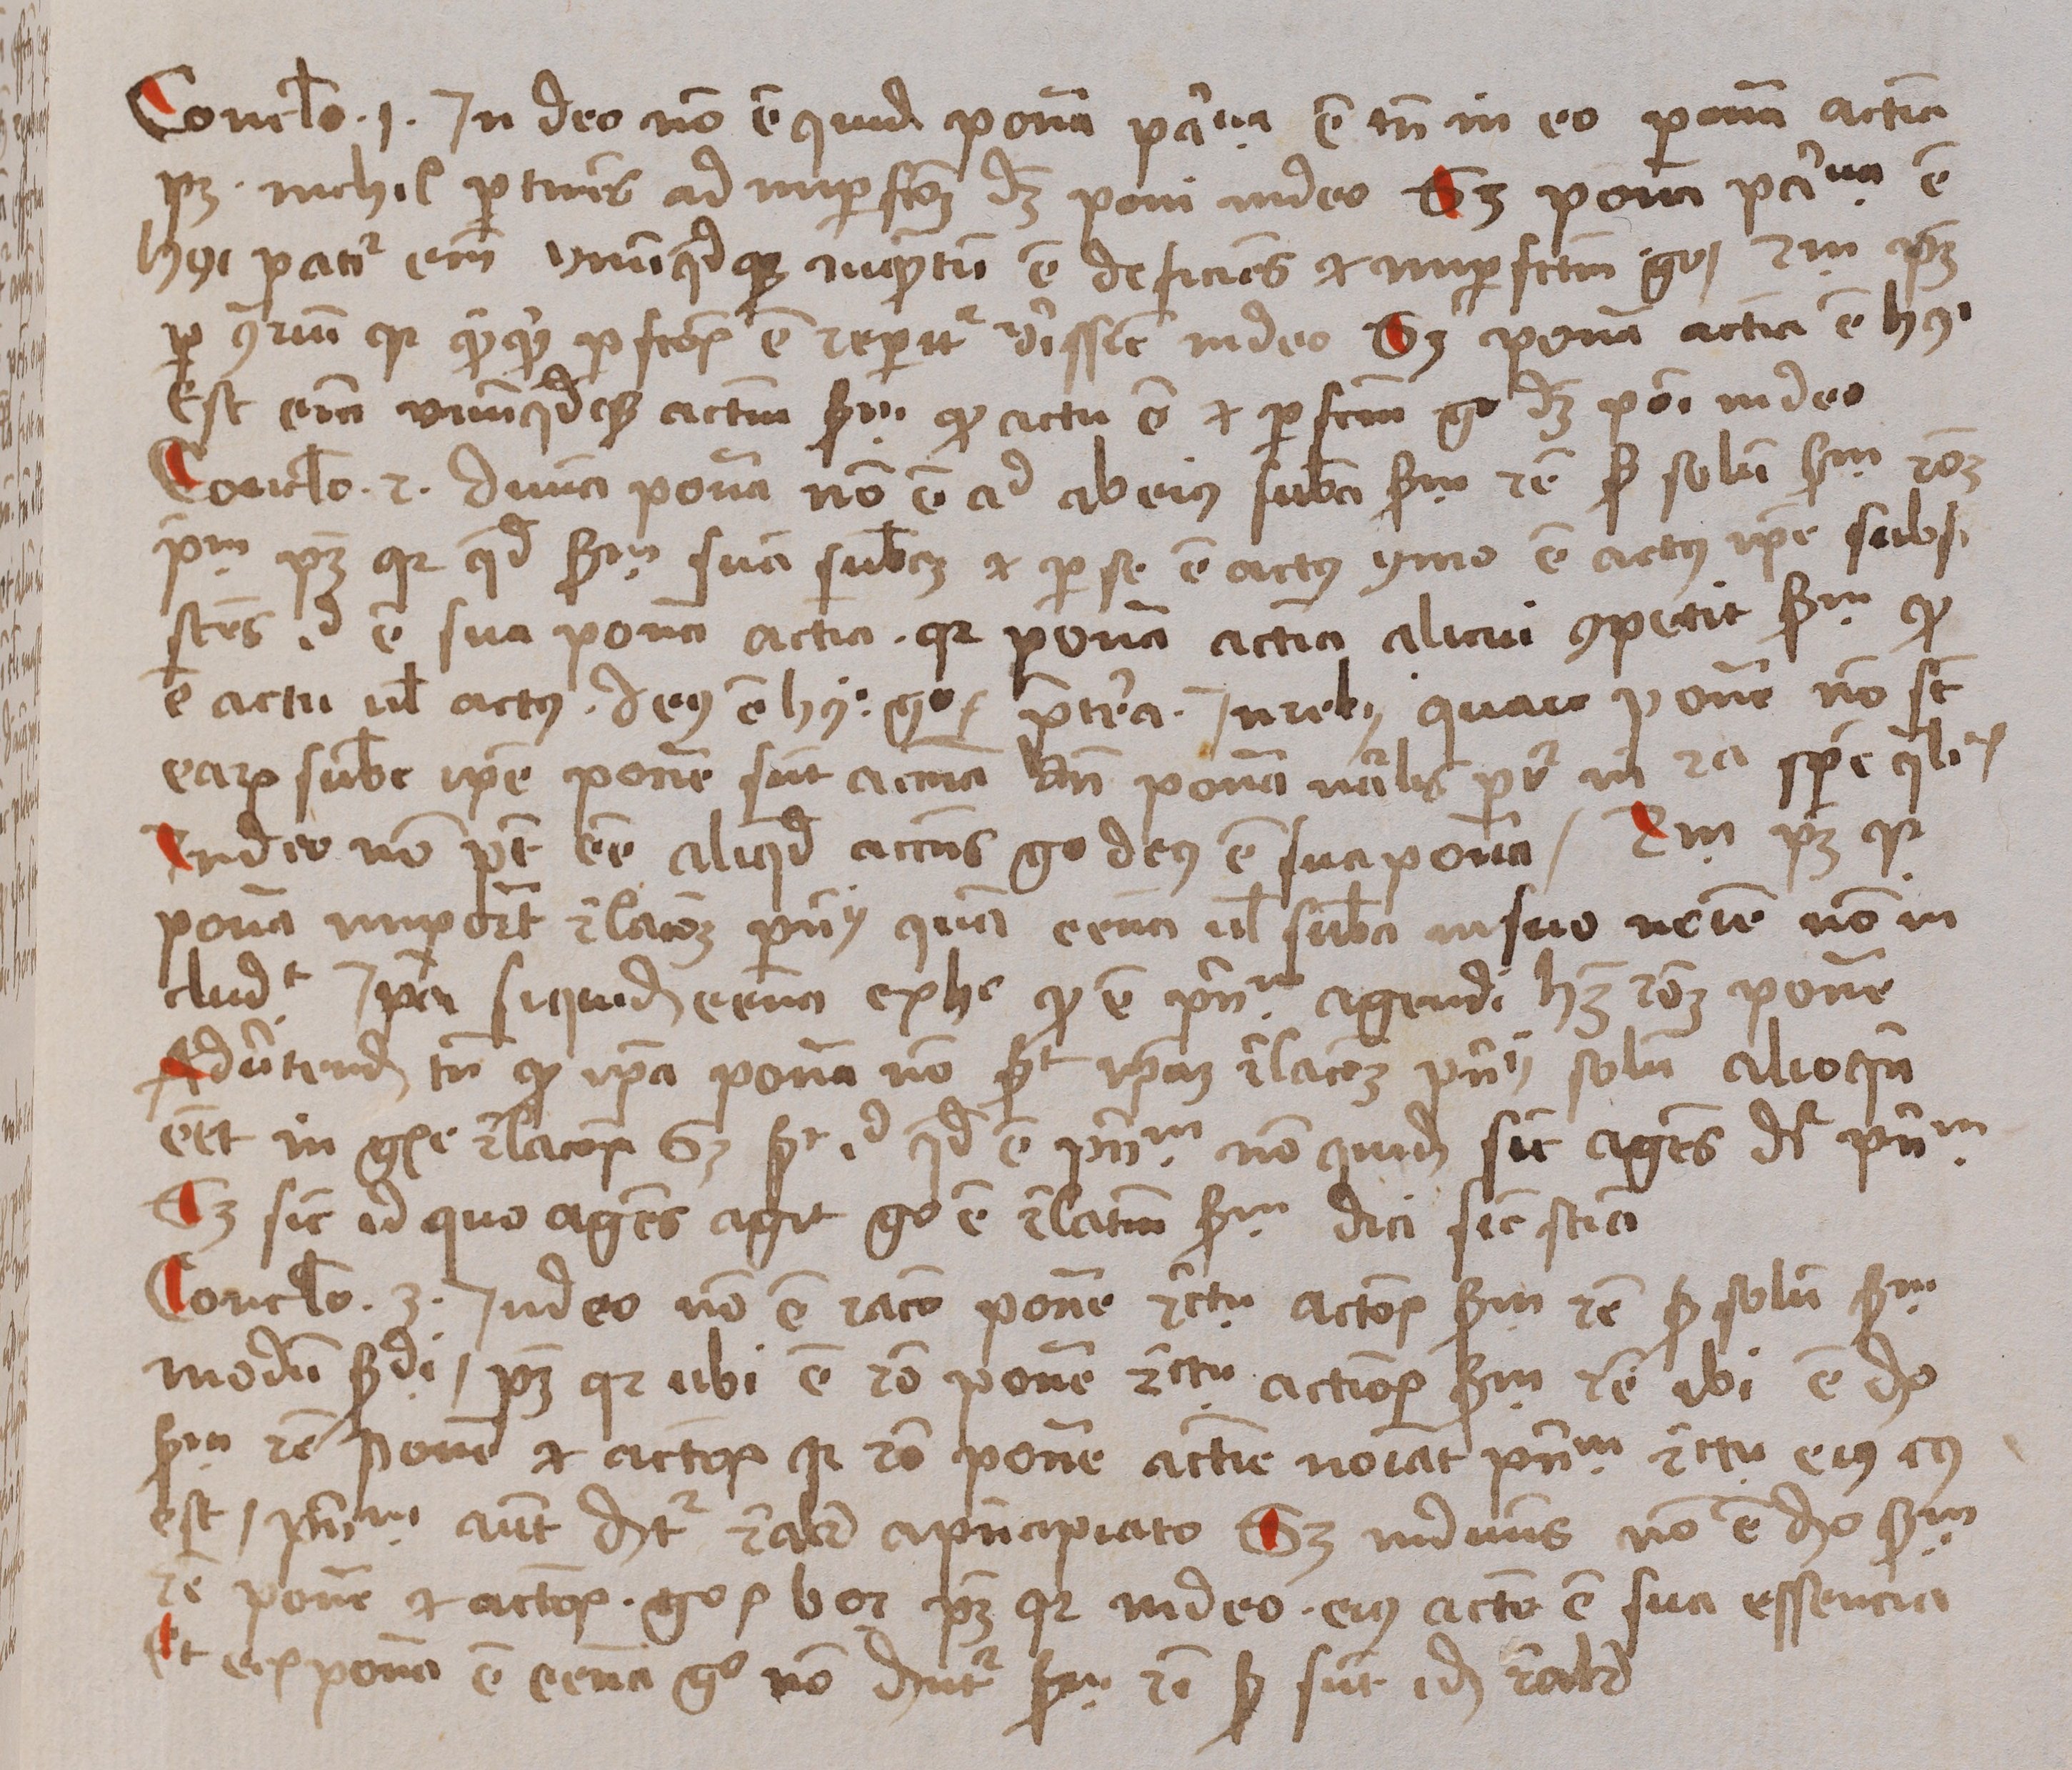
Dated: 1488–1488